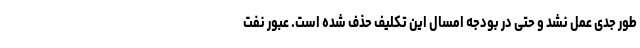
طور جدی عمل نشد و حتی در بودجه امسال این تکلیف حذف شده است. عبور نفت